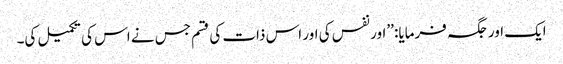
ایک اور جگہ فرمایا: ’’اور نفس کی اور اس ذات کی قسم جس نے اس کی تکمیل کی۔